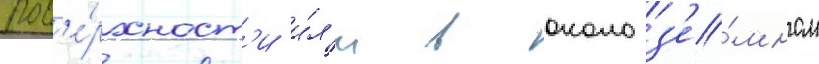
пов'е́рхност'и и́л'и в околоз'е́мном